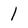
Character: l